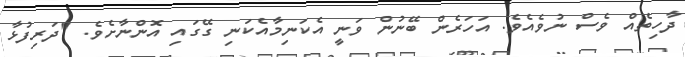
ދާހިތެއް ވެސް ނުވެއެވެ. އަހަރެން ބޭނުން ވަނީ އެކަނިމާއެކަނި ގޭގައި އޮންނާށެވެ. "ދަރިފުޅާ